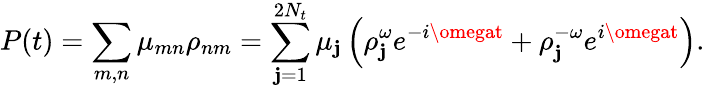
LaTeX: P(t)=\sum_{m,n}{{\mu}_{mn}{\rho}_{nm}}=\sum_{\mathbf{j}=1}^{2N_{t}}{{\mu}_{\mathbf{j}}\left({\rho}_{\mathbf{j}}^{\omega}e^{-i\omegat}+{\rho}_{\mathbf{j}}^{-\omega}e^{i\omegat}\right)}.